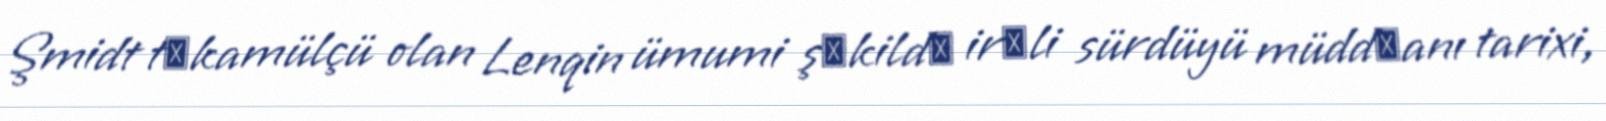
Şmidt tәkamülçü olan Lenqin ümumi şәkildә irәli sürdüyü müddәanı tarixi,